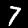
Label: 7